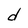
Character: d